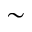
\sim